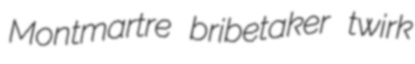
Montmartre bribetaker twirk